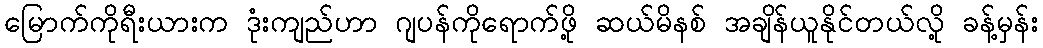
မြောက်ကိုရီးယားက ဒုံးကျည်ဟာ ဂျပန်ကိုရောက်ဖို့ ဆယ်မိနစ် အချိန်ယူနိုင်တယ်လို့ ခန့်မှန်း